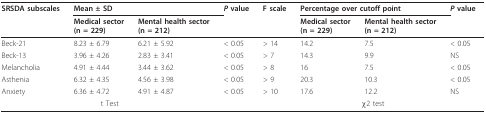
<table><thead><tr><td><b>SRSDA subscales</b></td><td colspan="2"><b>Mean ± SD</b></td><td><b><i>P </i>value</b></td><td><b>F scale</b></td><td colspan="2"><b>Percentage over cutoff point</b></td><td><b><i>P </i>value</b></td></tr><tr><td></td><td><b>Medical sector (n = 229)</b></td><td><b>Mental health sector (n = 212)</b></td><td></td><td></td><td><b>Medical sector (n = 229)</b></td><td><b>Mental health sector (n = 212)</b></td><td></td></tr></thead><tbody><tr><td>Beck-21</td><td>8.23 ± 6.79</td><td>6.21 ± 5.92</td><td>&lt; 0.05</td><td>&gt; 14</td><td>14.2</td><td>7.5</td><td>&lt; 0.05</td></tr><tr><td>Beck-13</td><td>3.96 ± 4.26</td><td>2.83 ± 3.41</td><td>&lt; 0.05</td><td>&gt; 7</td><td>14.3</td><td>9.9</td><td>NS</td></tr><tr><td>Melancholia</td><td>4.91 ± 4.44</td><td>3.44 ± 3.62</td><td>&lt; 0.05</td><td>&gt; 8</td><td>16</td><td>7.5</td><td>&lt; 0.05</td></tr><tr><td>Asthenia</td><td>6.32 ± 4.35</td><td>4.56 ± 3.98</td><td>&lt; 0.05</td><td>&gt; 9</td><td>20.3</td><td>10.3</td><td>&lt; 0.05</td></tr><tr><td>Anxiety</td><td>6.36 ± 4.72</td><td>4.91 ± 4.87</td><td>&lt; 0.05</td><td>&gt; 10</td><td>17.6</td><td>12.2</td><td>NS</td></tr><tr><td colspan="3">t Test</td><td></td><td colspan="4">χ2 test</td></tr></tbody></table>